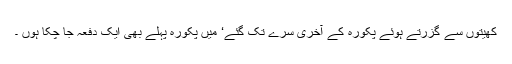
کھیتوں سے گزرتے ہوئے پکورہ کے آخری سرے تک گئے‘ میں پکورہ پہلے بھی ایک دفعہ جا چکا ہوں ۔